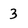
Character: 3